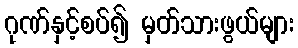
ဂုဏ်နှင့်စပ်၍ မှတ်သားဖွယ်များ